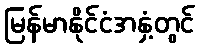
မြန်မာနိုင်ငံအနှံ့တွင်